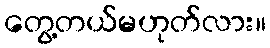
တွေ့တယ်မဟုတ်လား။